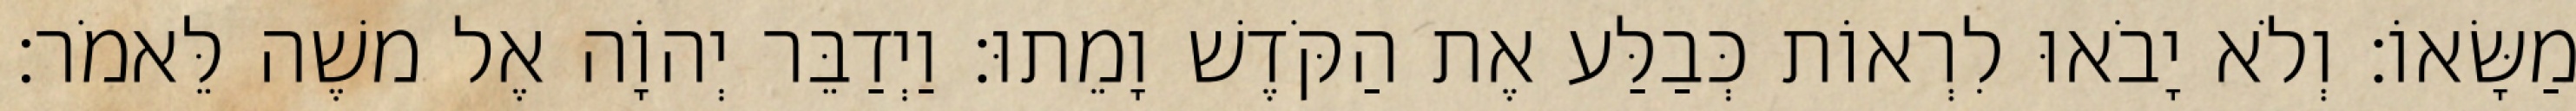
מַשָּׂאוֹ׃ וְלֹא יָבֹאוּ לִרְאוֹת כְּבַלַּע אֶת הַקֹּדֶשׁ וָמֵתוּ׃ וַיְדַבֵּר יְהוָֹה אֶל משֶׁה לֵּאמֹר׃